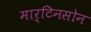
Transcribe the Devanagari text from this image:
मार्टिनसोन